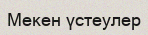
Мекен үстеулер